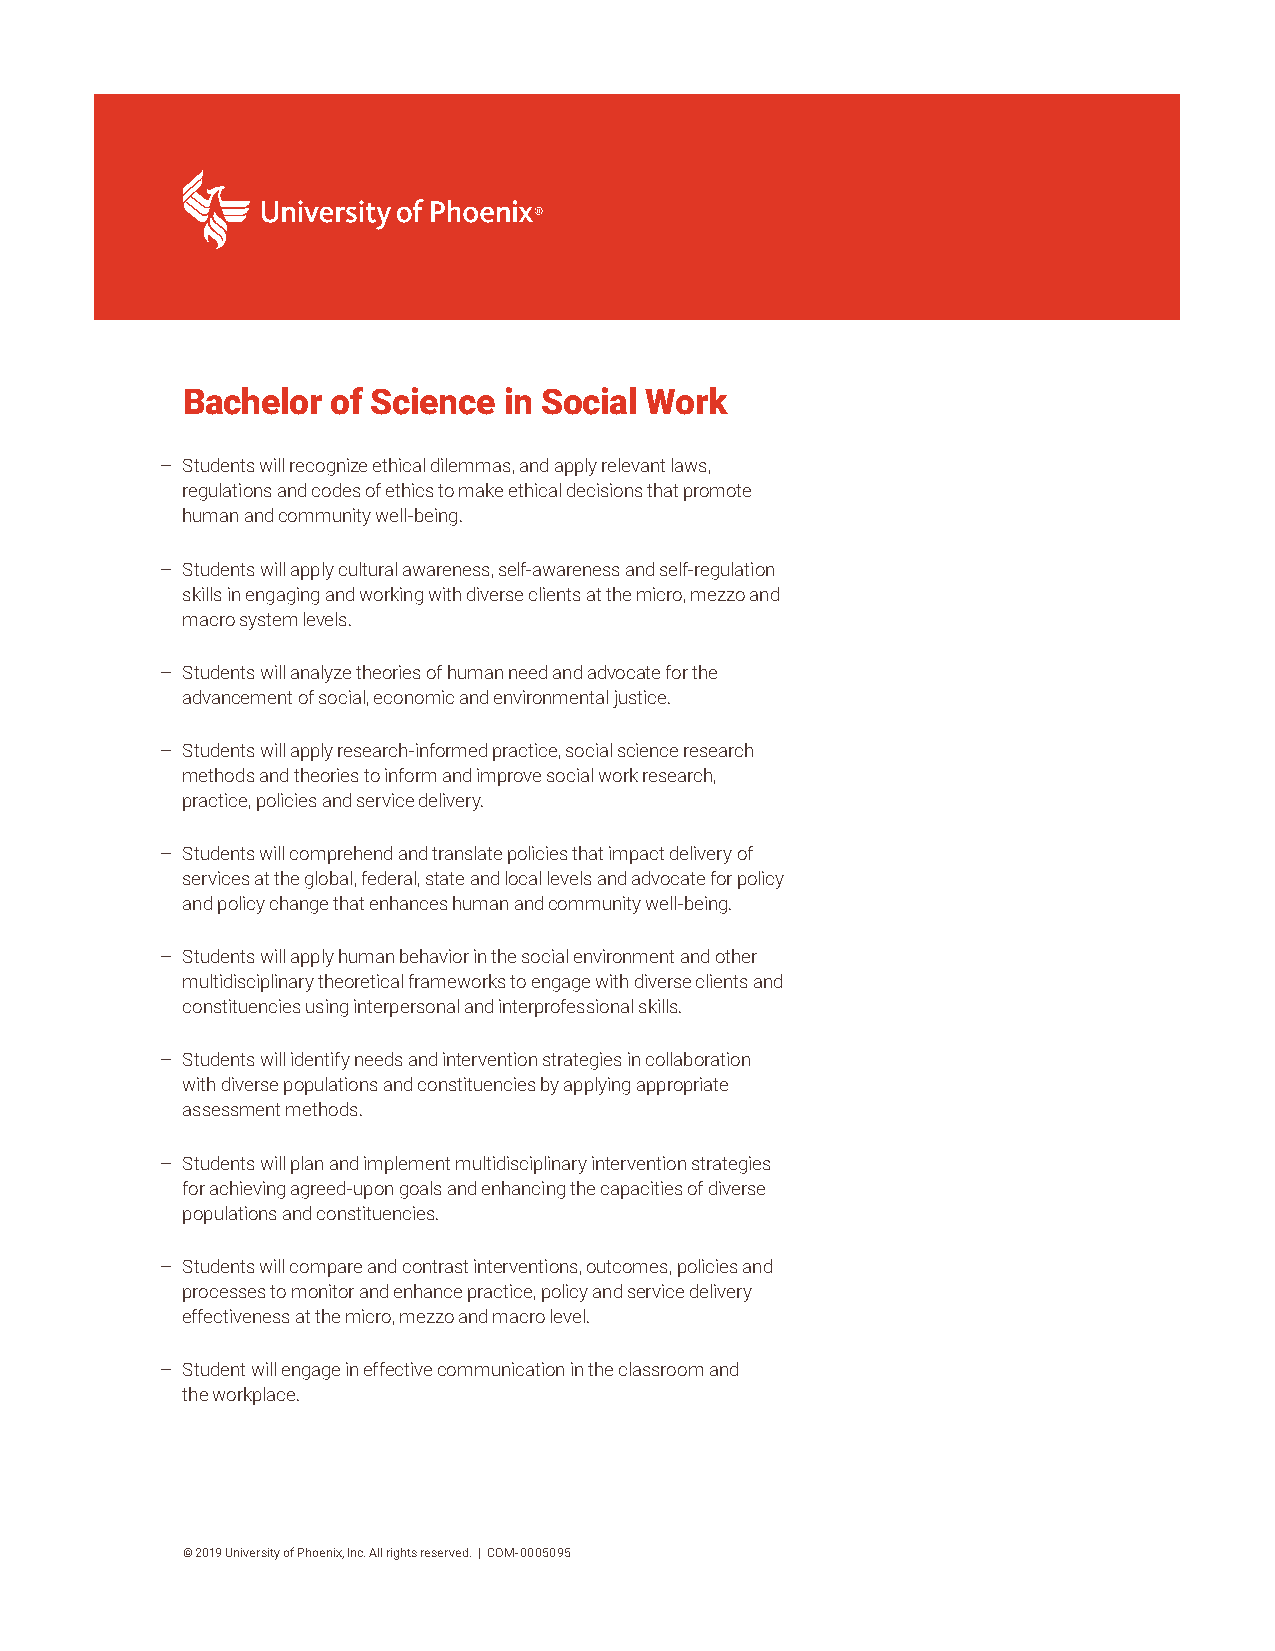
Bachelor  of Science in Social Work
 – Students will recognize ethical dilemmas, and apply relevant laws,
 regulations and codes of ethics to make ethical decisions that promote
 human and community well-being.
 – Students will apply cultural awareness, self-awareness and self-regulation
 skills in engaging and working with diverse clients at the micro, mezzo and
 macro system levels.
 – Students will analyze theories of human need and advocate for the
 advancement of social, economic and environmental justice.
 – Students will apply research-informed practice, social science research
 methods and theories to inform and improve social work research,
 practice, policies and service delivery.
 – Students will comprehend and translate policies that impact delivery of
 services at the global, federal, state and local levels and advocate for policy
 and policy change that enhances human and community well-being.
 – Students will apply human behavior in the social environment and other
 multidisciplinary theoretical frameworks to engage with diverse clients and
 constituencies using interpersonal and interprofessional skills.
 – Students will identify needs and intervention strategies in collaboration
 with diverse populations and constituencies by applying appropriate
 assessment methods.
 – Students will plan and implement multidisciplinary intervention strategies
 for achieving agreed-upon goals and enhancing the capacities of diverse
 populations and constituencies.
 – Students will compare and contrast interventions, outcomes, policies and
 processes to monitor and enhance practice, policy and service delivery
 effectiveness at the micro, mezzo and macro level.
 – Student will engage in effective communication in the classroom and
 the workplace.
 © 2019 University of Phoenix, Inc. All rights reserved. | COM-0005095